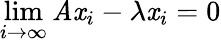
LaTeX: \operatorname*{lim}_{i\to\infty}\mathit{A}\mathit{x}_{i}-\lambda\mathit{x}_{i}=0